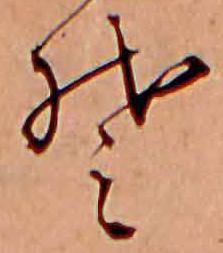
そ